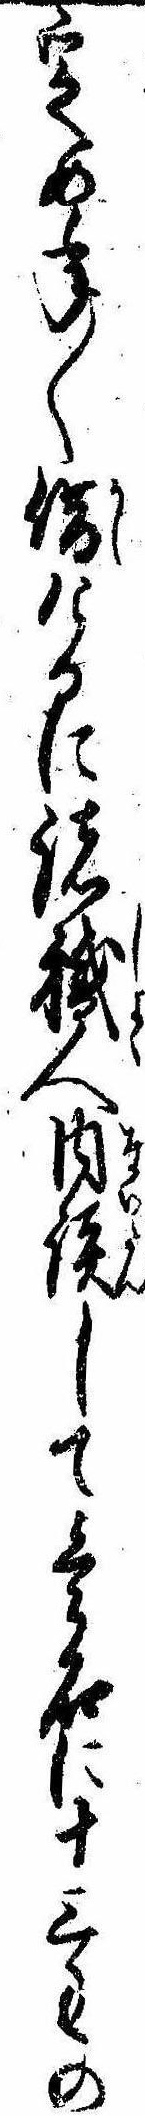
定め年〱借けるに諸職人内談して壱石に十三匁の